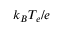
{ k _ { B } T _ { e } } / { e }